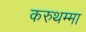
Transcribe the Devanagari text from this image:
करुथम्मा